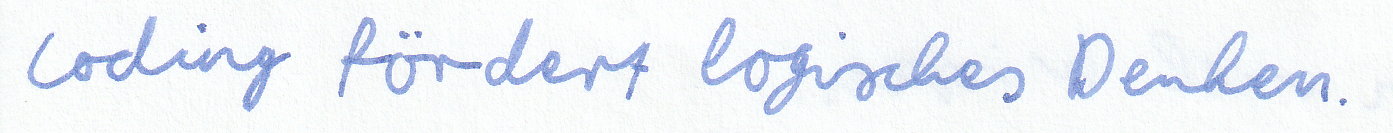
Coding fördert logisches Denken.